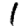
Digit: 1